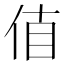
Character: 𠉊